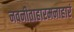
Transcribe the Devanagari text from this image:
नवनीताहारमनाहारं